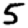
Digit: 5